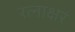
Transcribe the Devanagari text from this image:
रत्‍नाक्षरं